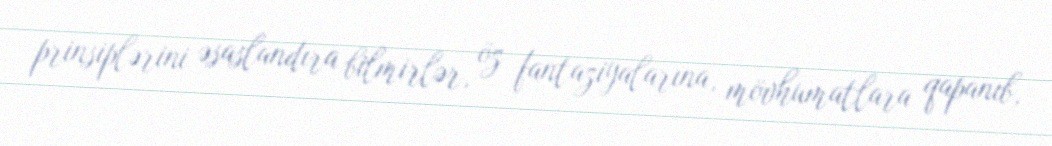
prinsiplərini əsaslandıra bilmirlər, öz fantaziyalarına, mövhumatlara qapanıb,